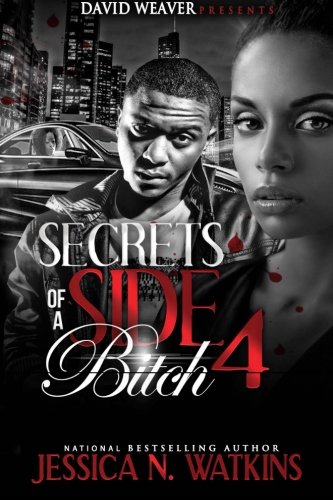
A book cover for Secrets of a Side Bitch 4; Jessica Watkins; Literature & Fiction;